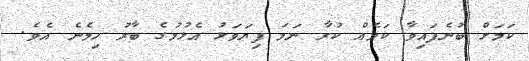
ކަމަށް ބުނެފައިވާ ކަމެއް ކުރާ ނަމަ ފިޔަވަޅު އެޅުމުގެ ބާރު ހިމެނެ އެވެ.